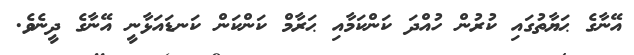
އޭނާގެ ޙަޔާތުގައި ކުރުން ހުއްދަ ކަންކަމާއި ޙަރާމް ކަންކަން ކަނޑައަޅާނީ އޭނާގެ ދީނެވެ.